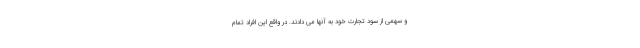
و سهمی از سود تجارت خود به آنها می دادند. در واقع این افراد تمام